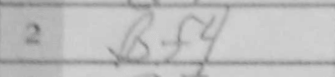
Transcription: Bf4